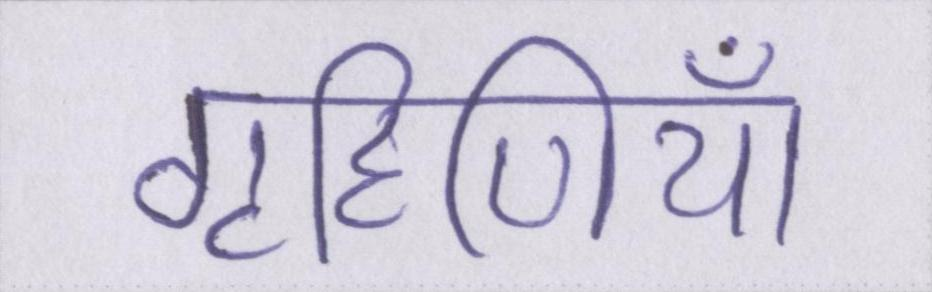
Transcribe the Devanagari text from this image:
गृहिणियाँ